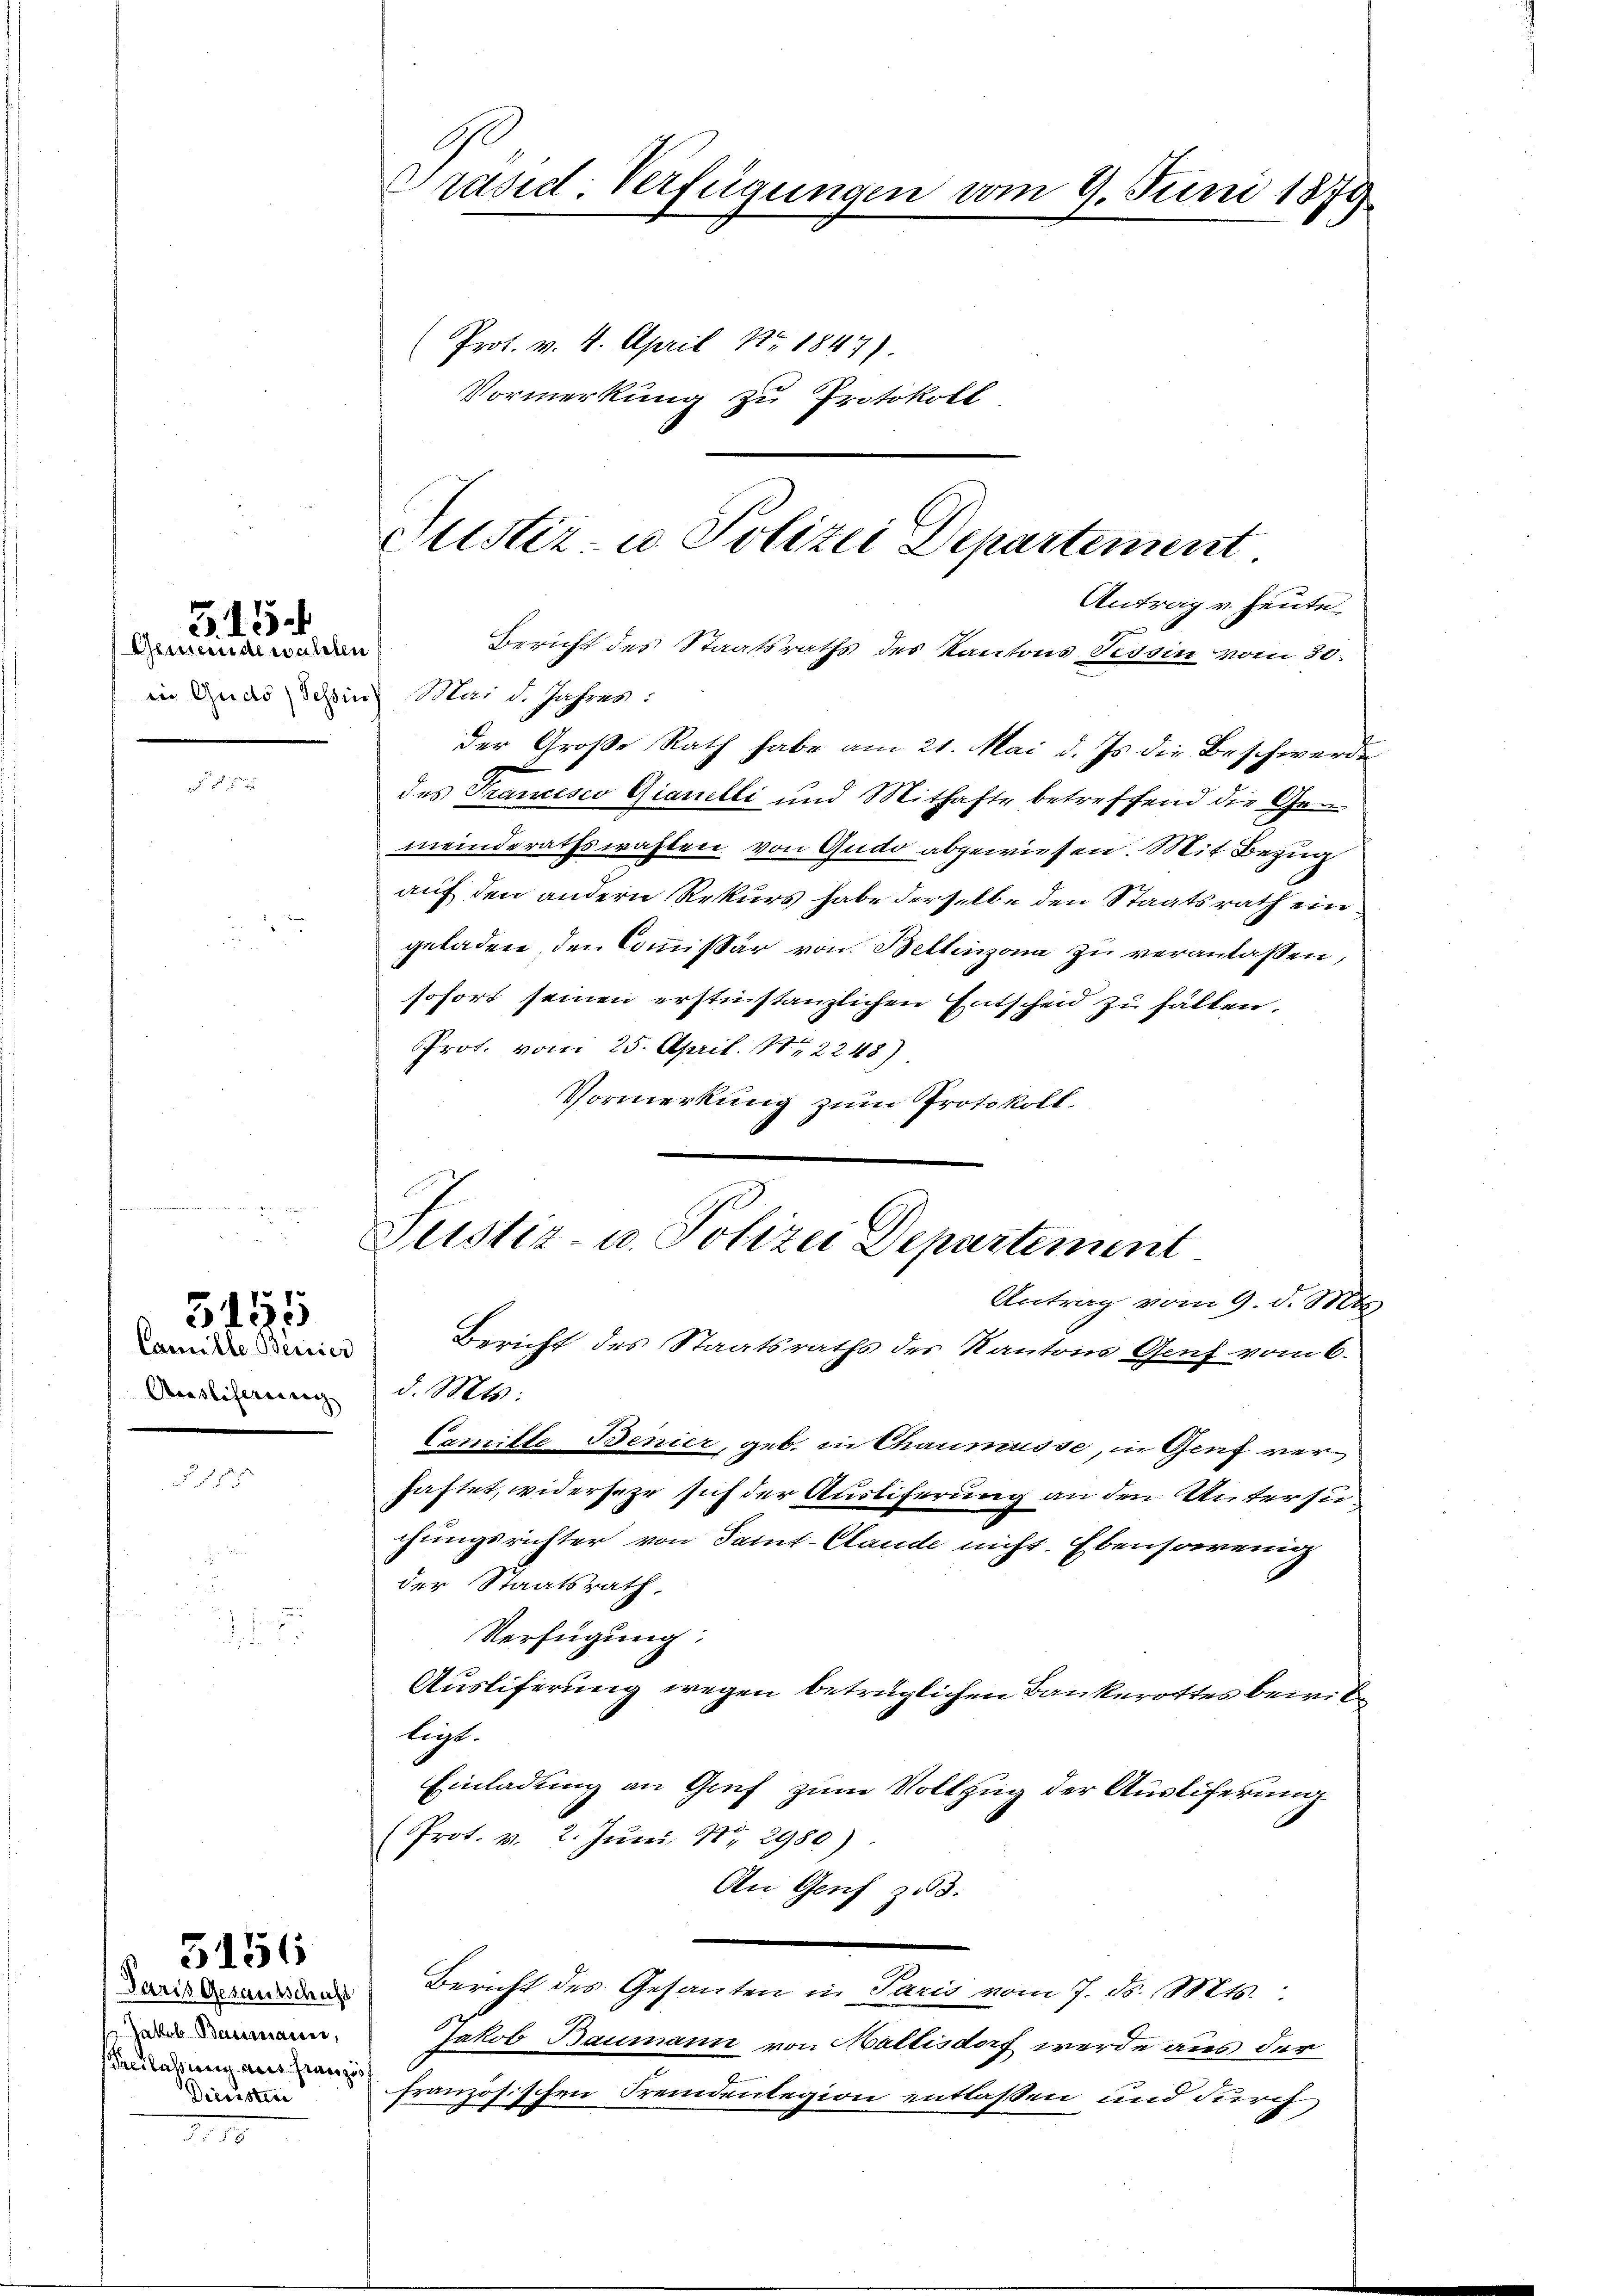
Gemeindewalten

G. 154.

Camille. Beisier
Anstiferung

5155

§ 155

Paris Gesantschaft
Prerlassierig aus Französ
Diensten

5156

.

Präsid. Verfügungen vom 9. Juni 1879

Prot. v. 4. April Nr 1847).
Vormerkung zu Protokoll

Justiz- u. Polizei Departement
Antrag v. heute
Bericht des Staatsraths des Kantons Tessin vom 30.

in Quas Schein Mai d. Jahres:
der Große Rath habe am 21. Mai d. Js. die Beschwerde
des Trancesco Gianelli und Mithafte betreffend die Gemeinderathswahlen von Gudo abgewiesen. Mit Bezug
auf den andern Rekurs habe derselbe den Staatsrath ein
geladen, den Commißär von Bellinzona zu veranlassen,
sofort seinen erstinstanzlichen Entscheid zu fällen.
PProf. vom 25. April 1842248).
Vormerkung zum Protokoll.
d. Mts:
Camille Benier, geb. in Chaumesse, in Genf verhaftet, widerseze sich der Auslieferung an den Untersuchungsrichter von Samt-Clande nicht. Ebensowenig
der Staatsrath
Verfügung:
Ausliferung wegen betrüglichen Bankerottes bewillegt.
Einladung an Genf zum Vollzug der Ausliferung
(Prot. v. 2. Jŭni Nr. 2980).
An Genf z 3.
Bericht des Gesanten in Paris vom 7. d. Mts.
n Jakob Baumann von Mallisdorf werde aus der
französischen Fremdenlegion entlassen und durch

Justiz- u. Polizei Departement
Antrag vom 9. d. Mts
Bericht des Staatsraths des Kantons Genf vom 6.